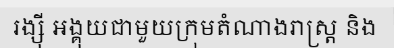
រង្ស៊ី អង្គុយជាមួយក្រុមតំណាងរាស្ត្រ និង